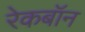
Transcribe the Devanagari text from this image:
रेकबॉन